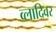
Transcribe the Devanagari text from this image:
व्लादिवर